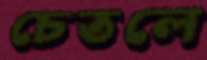
চেতলে